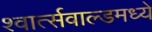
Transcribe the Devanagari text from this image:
श्वार्त्सवाल्डमध्ये